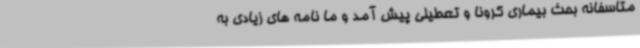
متاسفانه بحث بیماری کرونا و تعطیلی پیش آمد و ما نامه های زیادی به